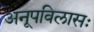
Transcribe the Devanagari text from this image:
अनूपविलासः